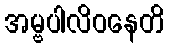
အမ္ဗပါလိဝနေတိ